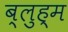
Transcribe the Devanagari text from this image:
ब्लुह्म